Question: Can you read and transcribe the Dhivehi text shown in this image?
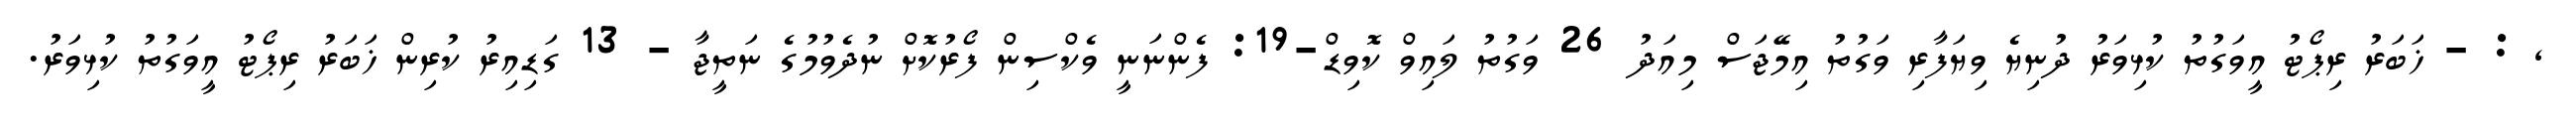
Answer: , : - ޚަބަރު ރިޕޯޓު އީވަގުތު ކުޅިވަރު ދުނިޔެ ވިޔަފާރި ވަގުތު އިމޭޖަސް މިއަދު 26 ވަގުތު ލައިވް ކޮވިޑް-19: ފެންނަނީ ވެކްސިން ފޯރުކޮށް ނުދެވުމުގެ ނަތީޖާ - 13 ގަޑިއިރު ކުރިން ޚަބަރު ރިޕޯޓު އީވަގުތު ކުޅިވަރު.